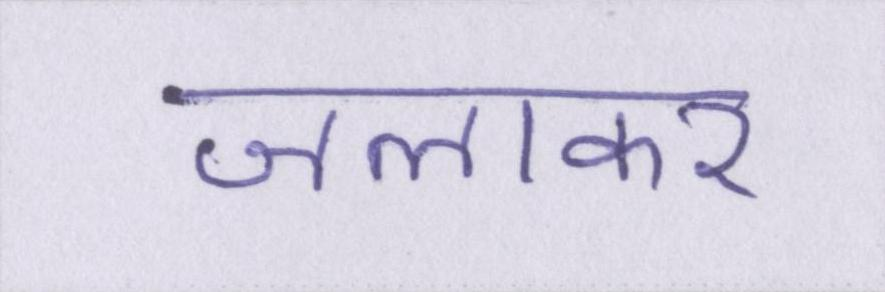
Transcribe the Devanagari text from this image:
जलाकर